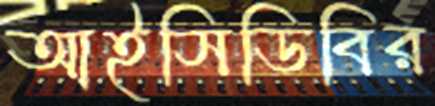
আইসিডিবির